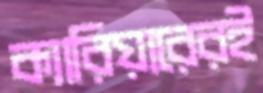
ক্যারিয়ারেরই